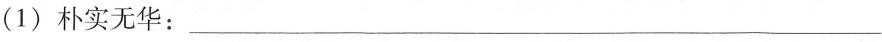
(1)朴实无华：___